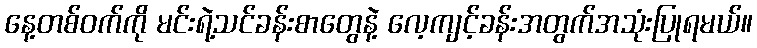
နေ့တစ်ဝက်ကို မင်းရဲ့သင်ခန်းစာတွေနဲ့ လေ့ကျင့်ခန်းအတွက်အသုံးပြုရမယ်။